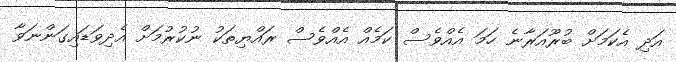
އަދި އެކަމަށް ބުރޫއަރާނެ ހަމަ އެއްވެސް ކަމެއް އެއްވެސް ރައްޔިތަކު ނުކުރުމަށް އެދިވަޑައިގަންނަވާ